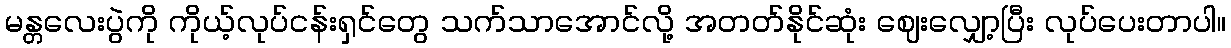
မန္တလေးပွဲကို ကိုယ့်လုပ်ငန်းရှင်တွေ သက်သာအောင်လို့ အတတ်နိုင်ဆုံး ဈေးလျှော့ပြီး လုပ်ပေးတာပါ။